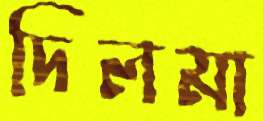
দিলমা